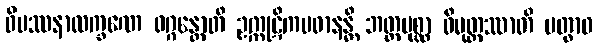
ဝိပဿနာလက္ခဏေ ဝဂ္ဂန္တောတိ ဥက္ကုဋိကပဓာနန္တိ ဘတ္တမုစ္ဆာ ဝိမုတ္တဿာတိ ပတွာဝ